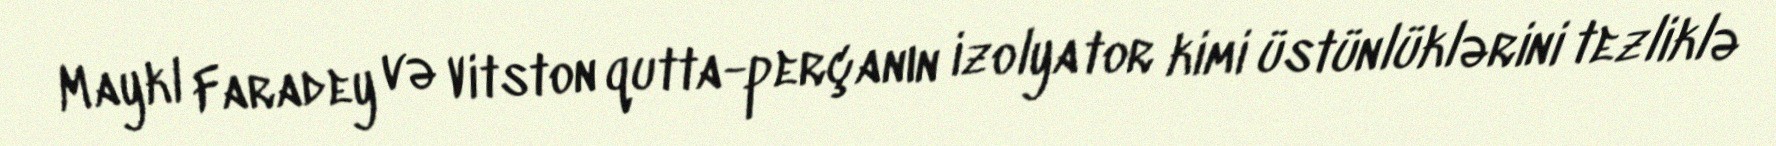
Maykl Faradey və Vitston qutta-perçanın izolyator kimi üstünlüklərini tezliklə